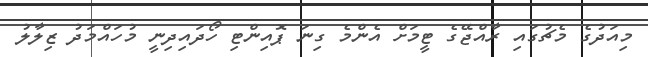
މިއަދުގެ މެޗުގައި ރާއްޖޭގެ ޓީމަށް އެންމެ ގިނަ ޕޮއިންޓި ހޯދައިދިނީ މުހައްމަދު ޒިލާލު